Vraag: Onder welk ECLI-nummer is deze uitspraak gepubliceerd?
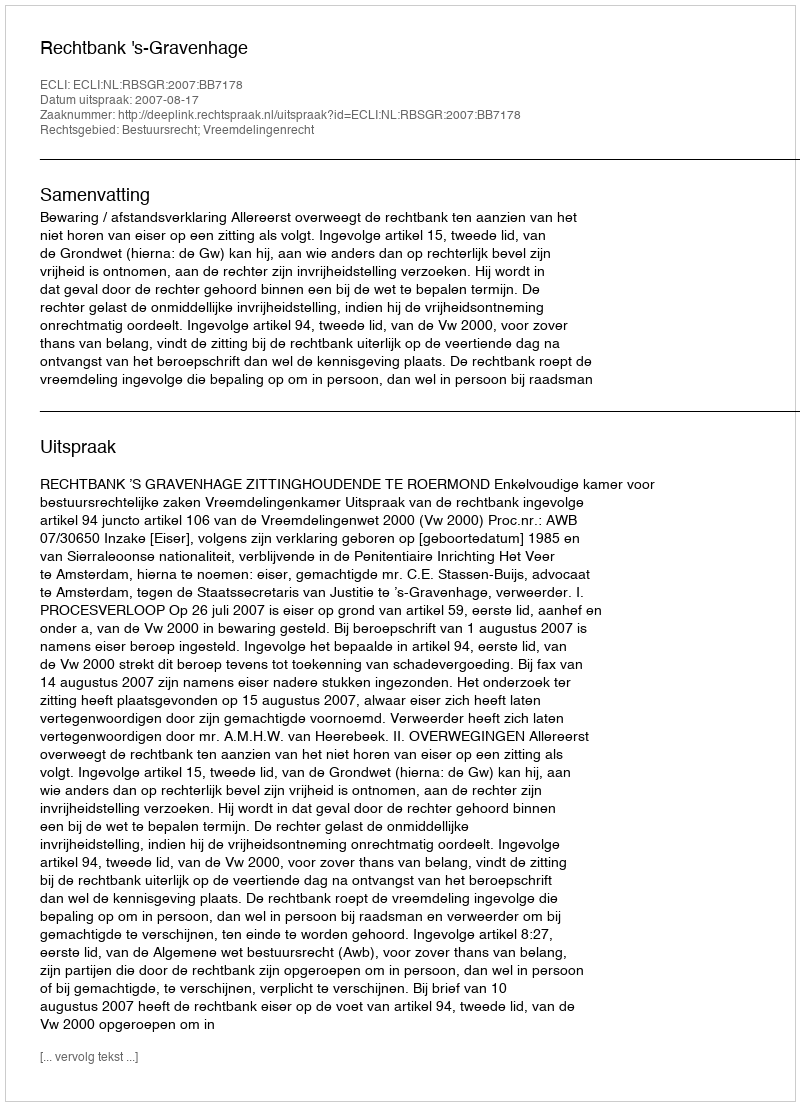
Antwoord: ECLI:NL:RBSGR:2007:BB7178